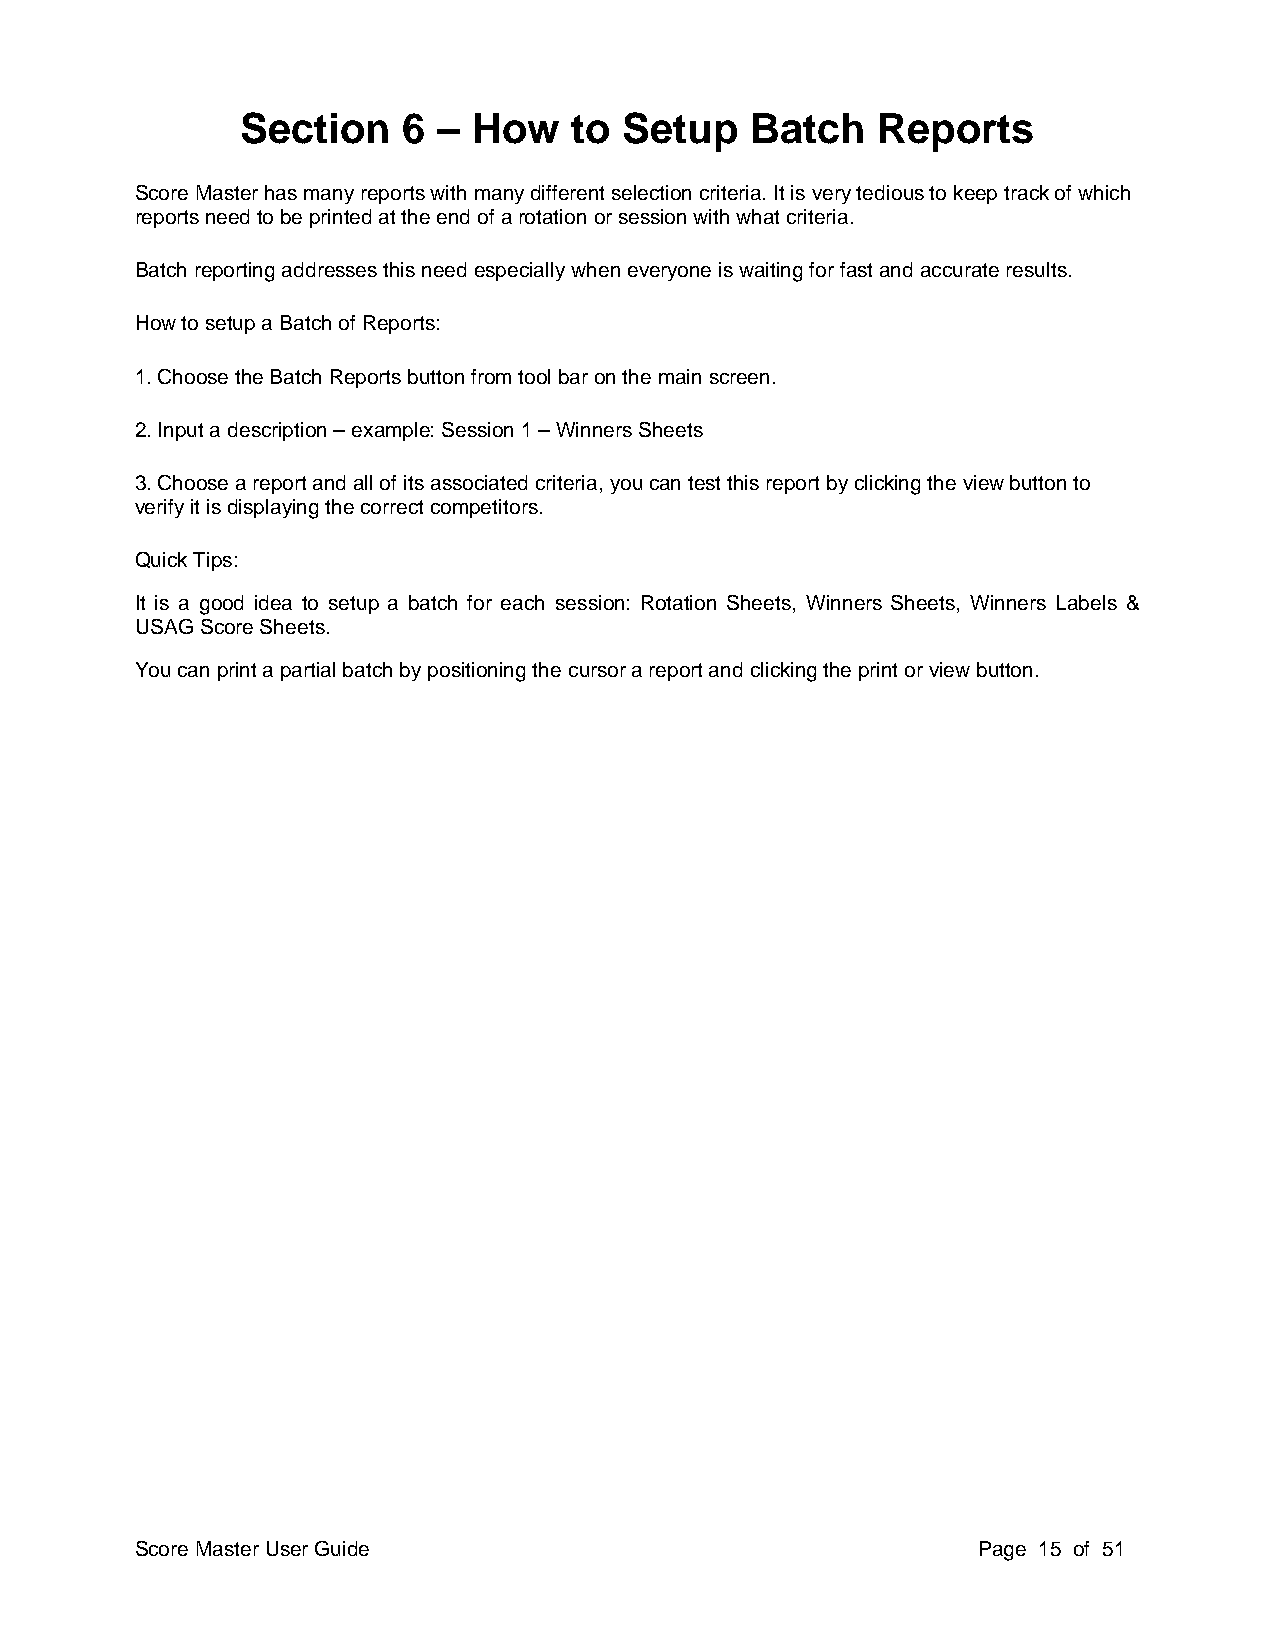
Section    6 – How    to Setup    Batch   Reports
 Score Master has many reports with many different selection criteria. It is very tedious to keep track of which
 reports need to be printed at the end of a rotation or session with what criteria.
 Batch reporting addresses this need especially when everyone is waiting for fast and accurate results.
 How to setup a Batch of Reports:
 1. Choose the Batch Reports button from tool bar on the main screen.
 2. Input a description – example: Session 1 – Winners Sheets
 3. Choose a report and all of its associated criteria, you can test this report by clicking the view button to
 verify it is displaying the correct competitors.
 Quick Tips:
 It is a good idea to setup a batch for each session: Rotation Sheets, Winners Sheets, Winners Labels &
 USAG Score Sheets.
 You can print a partial batch by positioning the cursor a report and clicking the print or view button.
 Score Master User Guide                                 Page 15 of 51